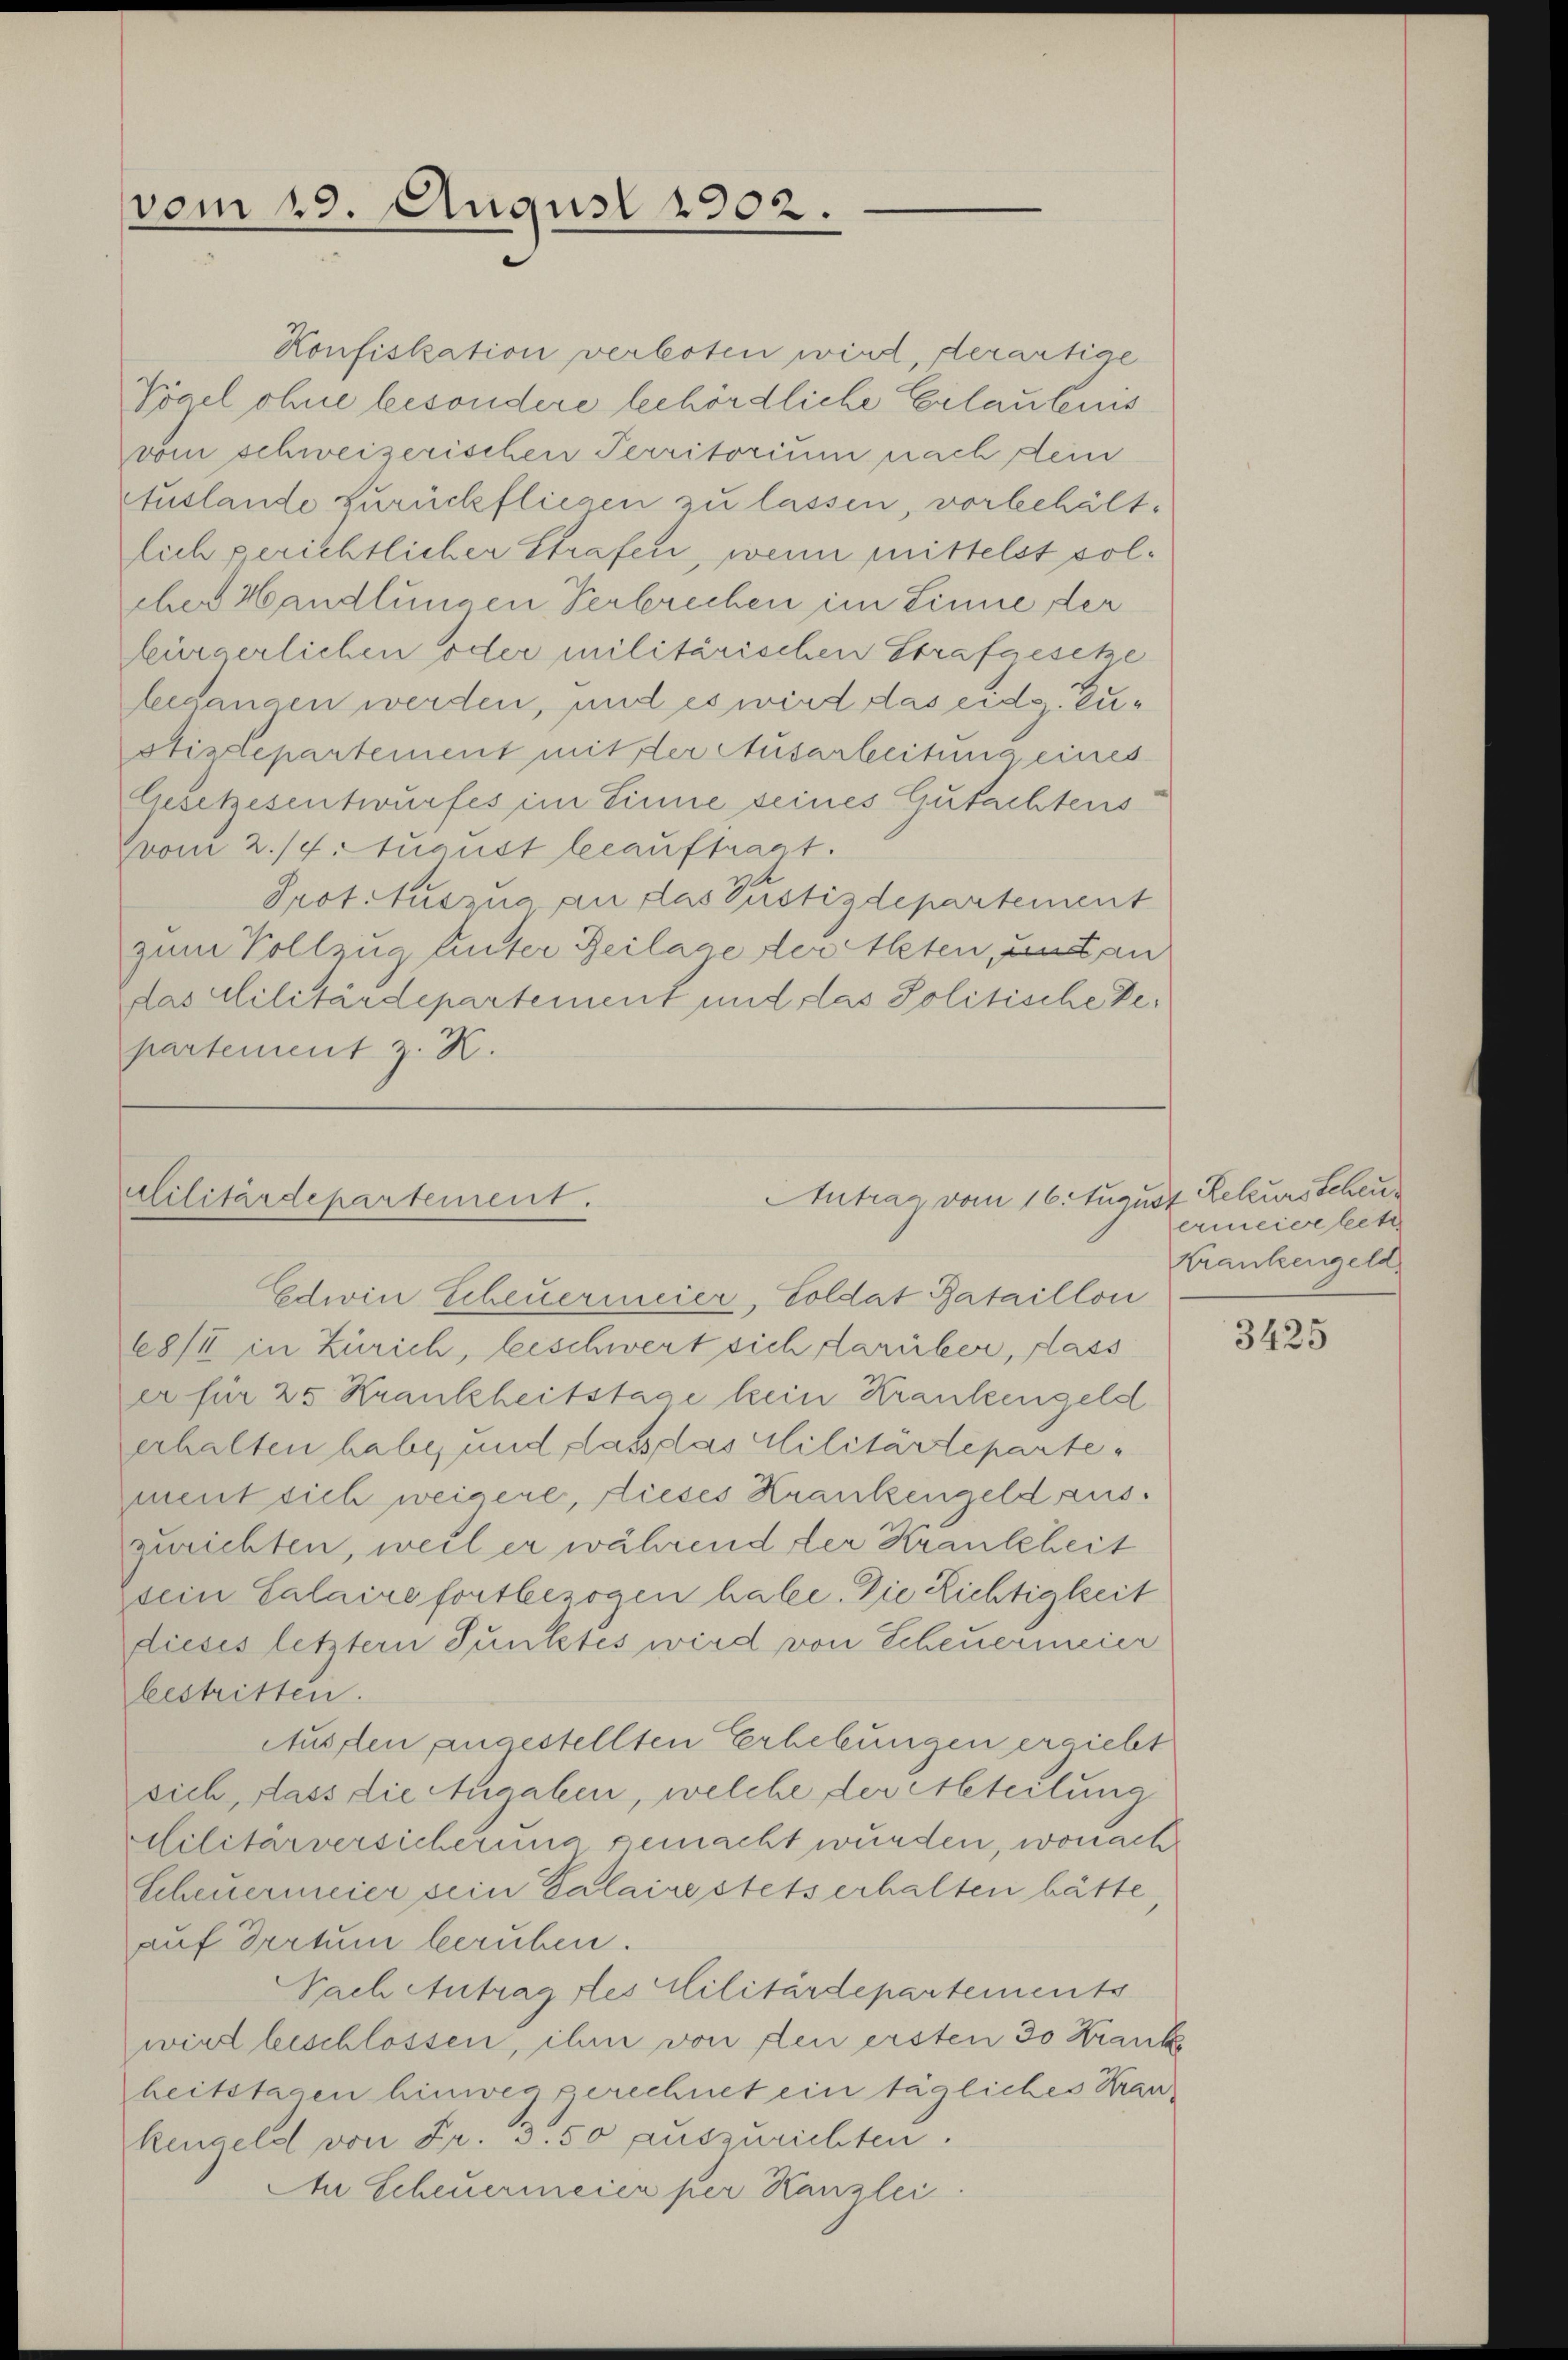
vom 19. August 1902.

Konfiskation verboten wird, derartiae
Kogel ohne besondere behördliche Erlaubnis
vom schweizerischen Territorium nach dem
Auslande zurückfliegen zu lassen, vorbehältlich gerichtlicher Strafen, wenn mittelst solcher Handlungen Verbrechen im Linne der
bürgerlichen oder militärischen Strafgesetze
leegangen werden, und es wird das eidg. Zustizdepartement mit der Ausarbeitung eines
Gesetzesentwurfes im Sinne seines Gutachtens
(vom 2./4. August leeauftragt.
Prot. Auszug an das Pustizdepartement
zum Vollzug hinter Beilage dereten, und an
das Militärdepartement und das Politische Departement z. K.

Antrag vom 16. August Rekurs Scheu
Militärdepartement.

Edwin Scheuermeier, Soldat Bataillon
C8/II in Zürich, beschwert sich darüber, dass
er für 25 Krankheitstage kein Krankengeld
erhalten habe, und dass das Militärtepartement sich weigere, dieses Krankengeld aus.
zurichten, weil er während der Krankheit
sein Calaire fortbezogen habe. Die Richtigkeit
dieses letztern Punktes wird von Scheuermeier
bestritten.
Ausflen angestellten Erhebungen ergiebt
sich, dass die Angaben, welche der Abteilung
Militärversicherung gemacht wurden, wonach
Scheuermeier sein Palaire stets erhalten hätte
auf Drrtum beruhen.
Nach Antrag des Militärdepartements
wird beschlossen, ihm von den ersten 30 Kranke
heitstagen hinweggerechnet ein tägliches Krankengeld von Fr. 3. 50 auszurichten.
An Scheuermeier per Kanzlei

ermeise letz
Krankengeld

3425